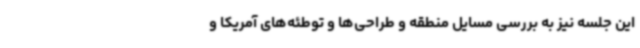
این جلسه نیز به بررسی مسایل منطقه و طراحی‌ها و توطئه‌های آمریکا و